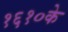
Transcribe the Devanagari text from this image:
१६१०के